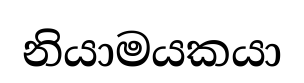
නියාමයකයා